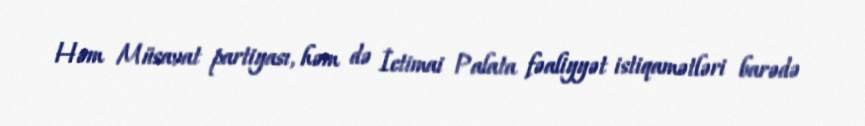
Həm Müsavat partiyası, həm də İctimai Palata fəaliyyət istiqamətləri barədə